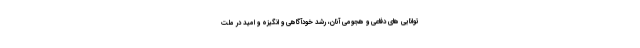
توانایی های دفاعی و هجومی آنان، رشد خودآگاهی و انگیزه و امید در ملّت